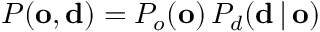
P ( \mathbf { o } , \mathbf { d } ) = P _ { o } ( \mathbf { o } ) \, P _ { d } ( \mathbf { d } \, | \, \mathbf { o } )